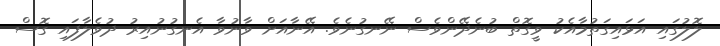
ލޮލުގައި އަޅައިގަތުމާއެކު ވީގޮތް ބުނެދޭންވެސް ނޭނގުނެވެ. އޭނާއަށް ވާނުވާ އެނގުނުއިރު ދުވެލާފައި ގޮސް